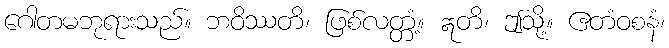
ဂေါတမဘုရားသည်။ ဘဝိဿတိ၊ ဖြစ်လတ္တံ့။ ဣတိ၊ ဤသို့။ ဧတံဝစနံ၊